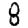
Digit: 8